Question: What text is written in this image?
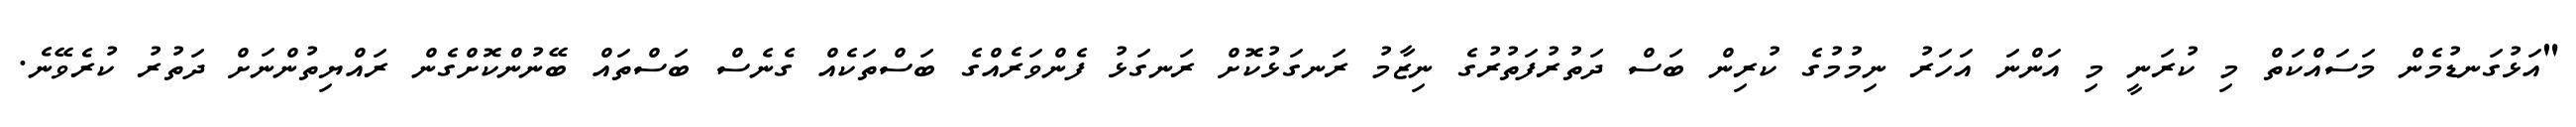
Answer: "އަޅުގަނޑުމެން މަސައްކަތް މި ކުރަނީ މި އަންނަ އަހަރު ނިމުމުގެ ކުރިން ބަސް ދަތުރުފަތުރުގެ ނިޒާމު ރަނގަޅުކޮށް ރަނގަޅު ފެންވަރެއްގެ ބަސްތަކެއް ގެނެސް ބަސްތައް ބޭނުންކޮށްގެން ރައްޔިތުންނަށް ދަތުރު ކުރެވޭނެ.